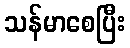
သန်မာစေပြီး